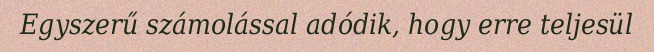
Egyszerű számolással adódik, hogy erre teljesül